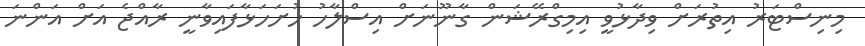
މިނިސްޓަރު އިތުރަށް ވިދާޅުވީ އިމިގްރޭޝަން ގާނޫނަށް އިސްލާހު ހުށަހަޅާފައިވާނީ ރާއްޖެ އަށް އަންނަ